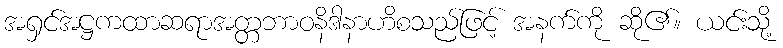
အရှင်အဋ္ဌကထာဆရာအတ္တဘာဝနိဒါနာဟိစသည်ဖြင့် အနက်ကို ဆို၏။ ယင်းသို့